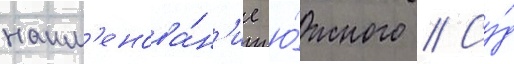
наим'енова́н'ие ю́жного // Су́д